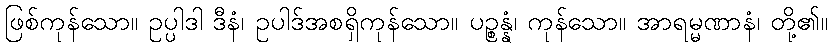
ဖြစ်ကုန်သော။ ဥပ္ပါဒါ ဒီနံ၊ ဥပါဒ်အစရှိကုန်သော။ ပဉ္စန္နံ၊ ကုန်သော။ အာရမ္မဏာနံ၊ တို့၏။